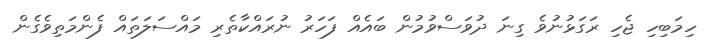
ހިމަބިހި ޖެހި ރަގަޅުނުވެ ގިނަ ދުވަސްވުމުން ބައެއް ފަހަރު ނުރައްކާތެރި މައްސަލަތައް ފެންމަތިވެގެން